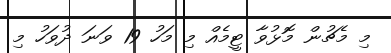
މި މެޗުން މޮޅުވާ ޓީމެއް މި މަހު 19 ވަނަ ދުވަހު މި